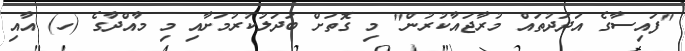
"ފައިސާގެ އަދަދުތައް މުރާޖައާކުރުން" މި ގޮތަށް ބަދަލުކުރުމަށާއި މި މާއްދާގެ (ހ) އާއި